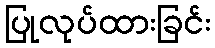
ပြုလုပ်ထားခြင်း